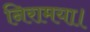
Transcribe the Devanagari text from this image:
निरामया।